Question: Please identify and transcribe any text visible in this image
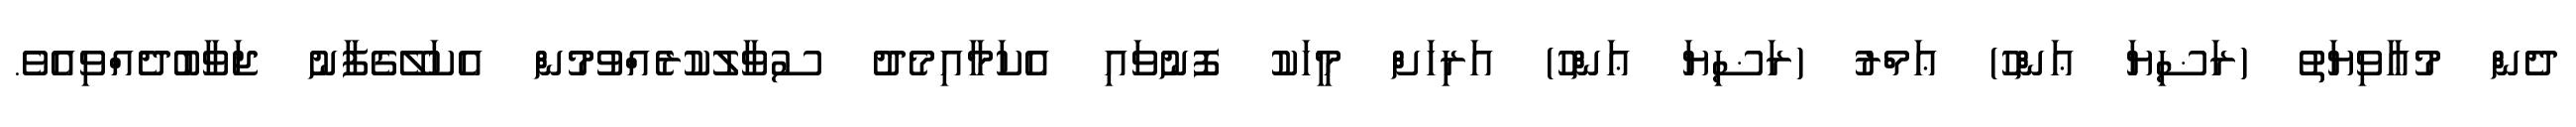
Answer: ދެން މުޢާވިޔަތު (ރަޟިޔަ ޢަންހު) ޢަމްރު (ރަޟިޔަ ޢަންހު) އަރިހަށް މީހަކު ފޮނުވައި އެކަމާއިމެދު ސުވާލުކުރެއްވުމުން އެކަލޭގެފާނު ޖަވާބުދެއްވިއެވެ.